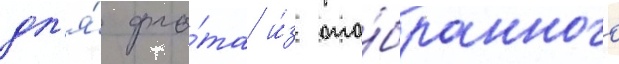
дл'я́ фло́та и́з ото́бранного